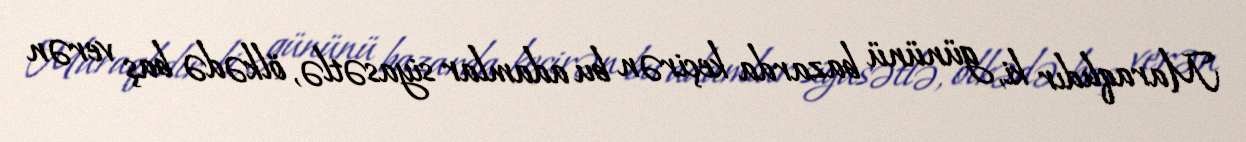
Maraqlıdır ki, gününü bazarda keçirən bu adamlar siyasətlə, ölkədə baş verən